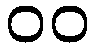
၀၀